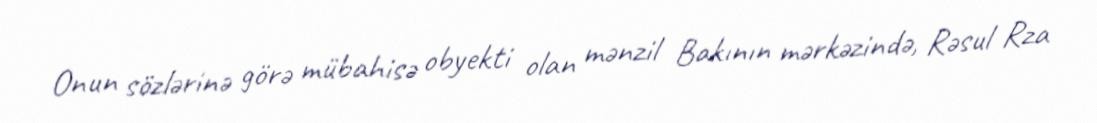
Onun sözlərinə görə mübahisə obyekti olan mənzil Bakının mərkəzində, Rəsul Rza